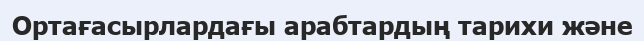
Ортағасырлардағы арабтардың тарихи және